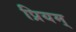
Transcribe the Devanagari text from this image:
प्रियम्‌